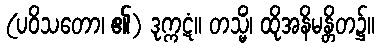
(ပဝိသတော၊ ၏) ဒုက္ကဋံ။ တသ္မိံ၊ ထိုအနိမန္တိတ၌။